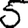
Digit: 5